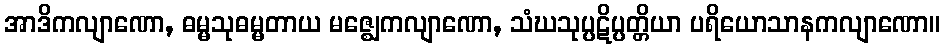
အာဒိကလျာဏော, ဓမ္မသုဓမ္မတာယ မဇ္ဈေကလျာဏော, သံဃသုပ္ပဋိပ္ပတ္တိယာ ပရိယောသာနကလျာဏော။